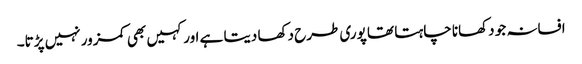
افسانہ جو دکھانا چاہتا تھا پوری طرح دکھا دیتا ہے اور کہیں بھی کمزور نہیں پڑتا۔